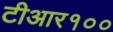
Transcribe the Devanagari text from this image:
टीआर१००